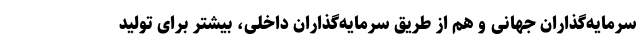
سرمایه‌گذاران جهانی و هم از طریق سرمایه‌گذاران داخلی، بیشتر برای تولید